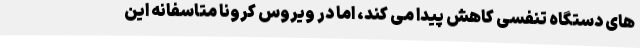
های دستگاه تنفسی کاهش پیدا می کند، اما در ویروس کرونا متاسفانه این